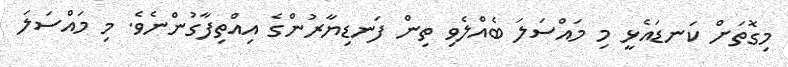
މިގޮތަށް ކަނޑައެޅީ މި މައްސަލަ ބެއްލެވި ތިން ފަނޑިޔާރުންގެ އިއްތިފާގުންނެވެ. މި މައްސަލަ